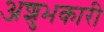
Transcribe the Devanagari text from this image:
अशुभकारी